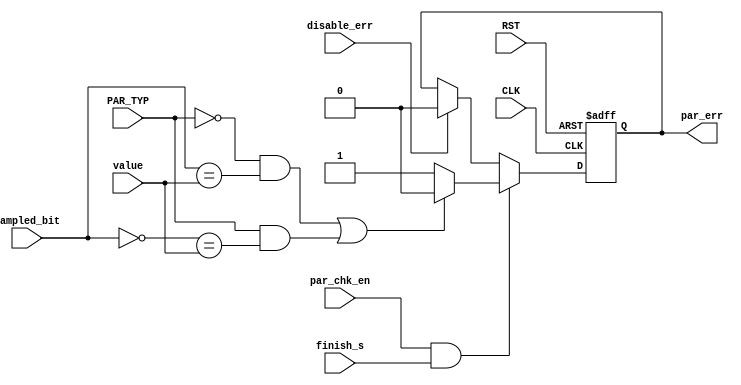
module parity_check
  (
  input wire CLK,
  input wire RST,
  input wire par_chk_en,
  input wire PAR_TYP,
  input wire sampled_bit,
  input wire finish_s,
  input wire disable_err,
  input wire value,
  output reg par_err
  );
  
  always @ (posedge CLK or negedge RST)
  begin
    if(!RST)
      begin
        par_err <= 1'b0;
      end
   else if(par_chk_en && finish_s)
      begin
         if((!PAR_TYP && (sampled_bit == value)) || (PAR_TYP && (!sampled_bit == value))) par_err <= 1'b0;
         else par_err <= 1'b1; 
       end 
    else if (disable_err) par_err <= 1'b0;
  end
endmodule